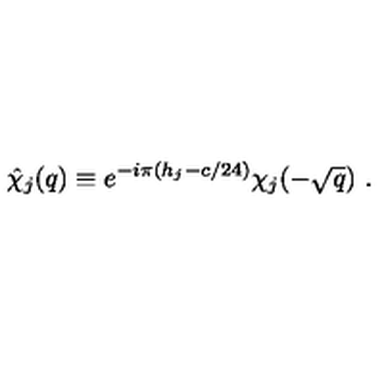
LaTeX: \hat { \chi } _ { j } ( q ) \equiv e ^ { - i \pi ( h _ { j } - c / 2 4 ) } \chi _ { j } ( - \sqrt { q } ) \ .